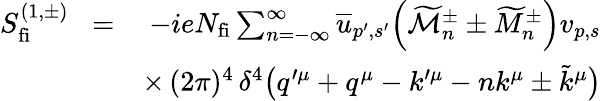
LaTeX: \begin{array}{rlr}{S_{\mathrm{fi}}^{(1,\pm)}\! }&{=}&{\! -ieN_{\mathrm{fi}}\sum_{n=-\infty}^{\infty}\overline{{u}}_{p^{\prime},s^{\prime}}\Big(\widetilde{\mathcal{M}}_{n}^{\pm}\pm\widetilde{M}_{n}^{\pm}\Big)v_{p,s}}\\ &{}&{\times\, (2\pi)^{4}\, \delta^{4}\big(q^{\prime\mu}+q^{\mu}-k^{\prime\mu}-nk^{\mu}\pm\tilde{k}^{\mu}\big)}\end{array}